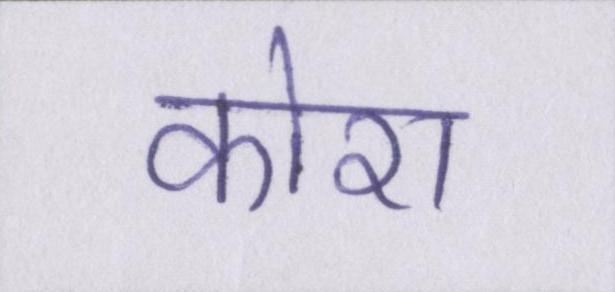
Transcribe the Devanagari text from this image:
कोरा